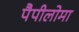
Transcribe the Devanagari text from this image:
पैपीलोमा